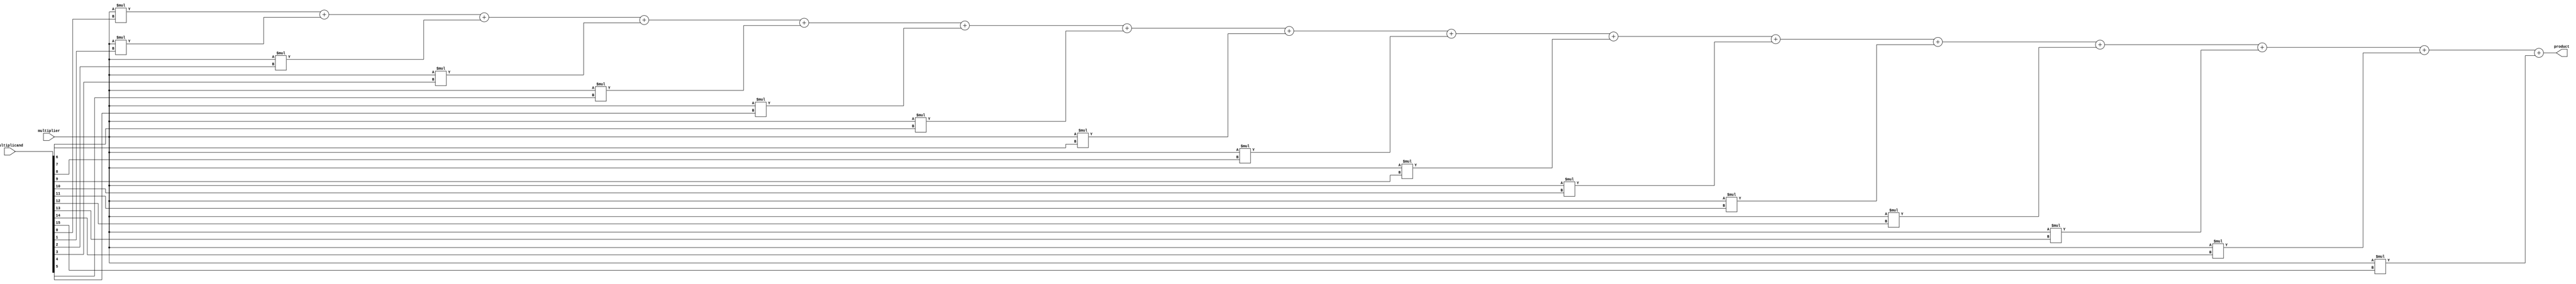
module baugh_wooley_multiplier(
    input signed [15:0] multiplicand,
    input signed [15:0] multiplier,
    output signed [31:0] product
);

    reg [31:0] partial_products [15:0]; // Array to store partial products
    reg [31:0] reduction_output;

    // Partial product generation stage
    integer i;
    always @* begin
        for (i = 0; i < 16; i = i + 1) begin
            partial_products[i] = multiplier * {16'b0, multiplicand[i]};
        end
    end

    // Reduction stage using Wallace tree
    always @* begin
        reduction_output = partial_products[0];
        for (i = 1; i < 16; i = i + 1) begin
            reduction_output = reduction_output + partial_products[i];
        end
    end

    // Sign extension stage
    wire sign_bit = reduction_output[31];
    always @* begin
        if (sign_bit) begin
            product = {16'b11111111, reduction_output[31:0]};
        end else begin
            product = reduction_output;
        end
    end

endmodule